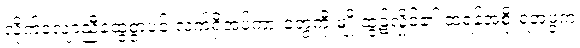
လိုက်လျောညီထွေစွာပင် လက်ရှိအပ်ကားတွေကို မျိုးထွဋ်လှိုင်၏ ထရန့်အစိုးရအဖွဲ့က